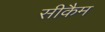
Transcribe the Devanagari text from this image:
सीकैम